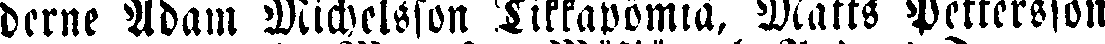
derne Adam Michelsson Tikkapömiä, Matts Pettersson